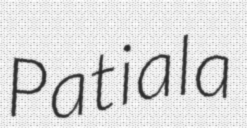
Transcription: Patiala